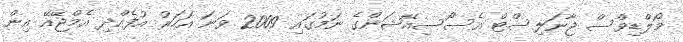
މޯލްޑިވްސް ޖާނަލިސްޓް އެސޯސިއޭޝަންގެ ނަމުގައި 2009 ވަނަ އަހަރު އުފެއްދި އެމްޖޭއޭ އިން